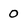
Character: 0